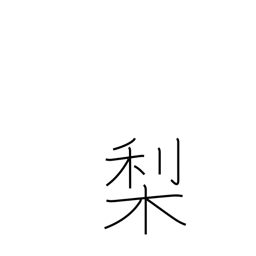
Meaning: pear tree